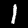
Label: 1